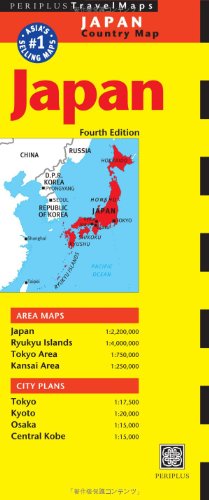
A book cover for Japan Travel Map Fourth Edition (Periplus Travel Maps); Travel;